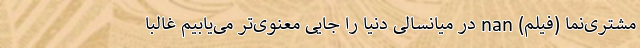
مشتری‌نما (فیلم) nan در میانسالی دنیا را جایی معنوی‌تر می‌یابیم غالباً